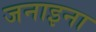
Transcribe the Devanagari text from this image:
जनाइना